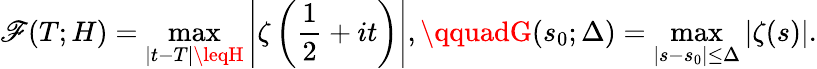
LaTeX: \mathscr{F}(T;H)=\operatorname*{max}_{|t-T|\leqH}\left|\zeta\left({\frac{{1}}{{2}}}+it\right)\right|,\qquadG(s_{0};\Delta)=\operatorname*{max}_{|s-s_{0}|\leq\Delta}|\zeta(s)|.